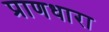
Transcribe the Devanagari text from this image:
प्राणधारा